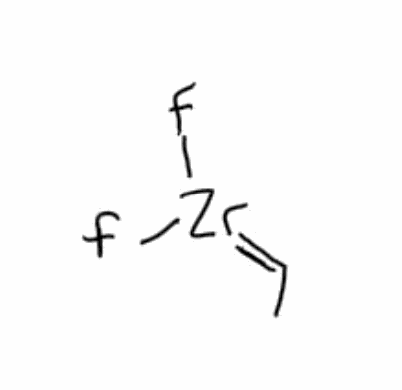
Simplified molecular-input line-entry system (SMILES) notation of the given molecule:
CC=[Zr](F)F